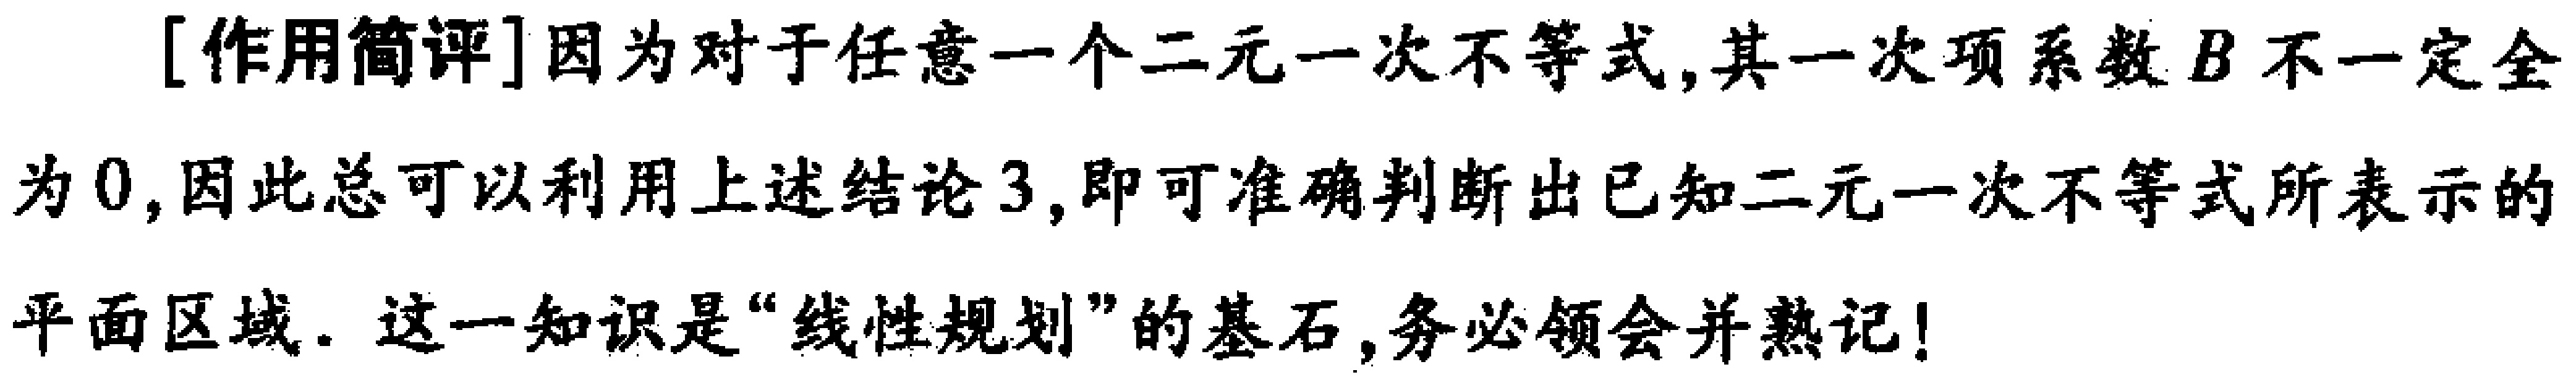
[作用简评]因为对于任意一个二元一次不等式,其一次项系数\(B\)不一定全为\(0\),因此总可以利用上述结论\(3\),即可准确判断出已知二元一次不等式所表示的平面区域. 这一知识是“线性规划”的基石,务必领会并熟记!